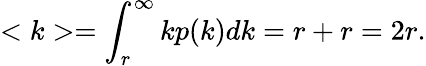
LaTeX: <k>=\int_{r}^{\infty}kp(k)dk=r+r=2r.